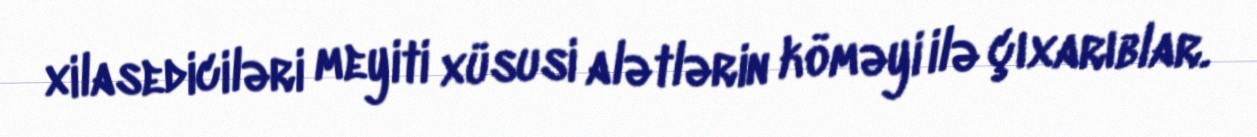
xilasediciləri meyiti xüsusi alətlərin köməyi ilə çıxarıblar.